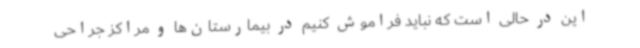
این در حالی است که نباید فراموش کنیم در بیمارستان‌ها و مراکز جراحی